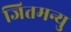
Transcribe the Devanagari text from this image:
जितमन्यु